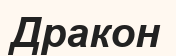
Дракон